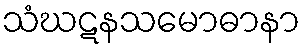
သံဃဋနသမောဓာနာ